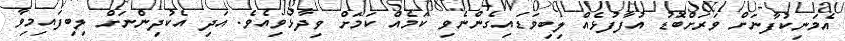
އެމަނިކުފާނަށް ވަރަށްބޮޑު އުފާފުޅެއް ލިބިވަޑައިގެންނެވި ކަމެއް ކަމަށް ވިދާޅުވިއެވެ. އަދި އެކުދިންނަށް ލިބިފައިމިވާ